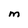
Character: M